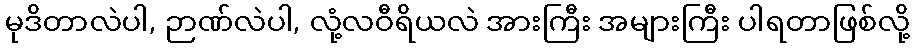
မုဒိတာလဲပါ, ဉာဏ်လဲပါ, လုံ့လဝီရိယလဲ အားကြီး အများကြီး ပါရတာဖြစ်လို့